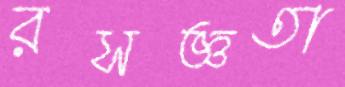
রসজ্ঞতা